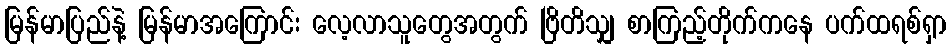
မြန်မာပြည်နဲ့ မြန်မာအကြောင်း လေ့လာသူတွေအတွက် ဗြိတိသျှ စာကြည့်တိုက်ကနေ ပက်ထရစ်ရှာ